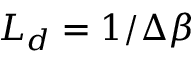
L _ { d } = 1 / \Delta \beta